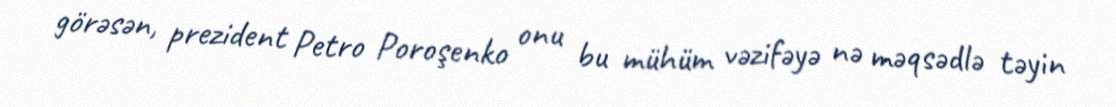
görəsən, prezident Petro Poroşenko onu bu mühüm vəzifəyə nə məqsədlə təyin